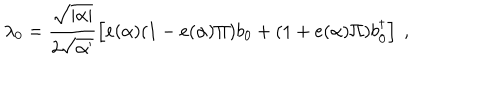
LaTeX: \lambda _ { 0 } = \frac { \sqrt { | \alpha | } } { 2 \sqrt { \alpha ^ { \prime } } } \left[ e ( \alpha ) ( 1 - e ( \alpha ) \Pi ) b _ { 0 } + ( 1 + e ( \alpha ) \Pi ) b _ { 0 } ^ { \dagger } \right] ~ ,